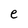
Character: e